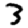
Digit: 3